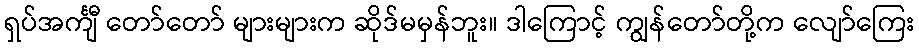
ရှပ်အင်္ကျီ တော်တော် များများက ဆိုဒ်မမှန်ဘူး။ ဒါကြောင့် ကျွန်တော်တို့က လျော်ကြေး